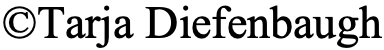
©Tarja Diefenbaugh